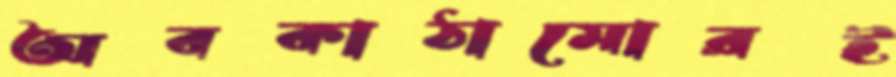
অবকাঠামোরই